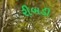
રીબડી